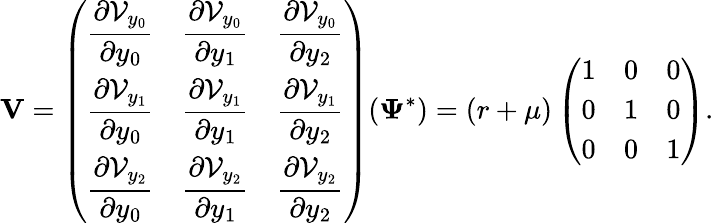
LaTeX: \mathbf{V}=\left(\begin{array}{lll}{\displaystyle\frac{\partial\mathcal{V}_{y_{0}}}{\partial y_{0}}}&{\displaystyle\frac{\partial\mathcal{V}_{y_{0}}}{\partial y_{1}}}&{\displaystyle\frac{\partial\mathcal{V}_{y_{0}}}{\partial y_{2}}}\\ {\displaystyle\frac{\partial\mathcal{V}_{y_{1}}}{\partial y_{0}}}&{\displaystyle\frac{\partial\mathcal{V}_{y_{1}}}{\partial y_{1}}}&{\displaystyle\frac{\partial\mathcal{V}_{y_{1}}}{\partial y_{2}}}\\ {\displaystyle\frac{\partial\mathcal{V}_{y_{2}}}{\partial y_{0}}}&{\displaystyle\frac{\partial\mathcal{V}_{y_{2}}}{\partial y_{1}}}&{\displaystyle\frac{\partial\mathcal{V}_{y_{2}}}{\partial y_{2}}}\end{array}\right)(\mathbf{\Psi}^{*})=(r+\mu)\left(\begin{array}{lll}{\displaystyle 1}&{\displaystyle 0}&{\displaystyle 0}\\ {\displaystyle 0}&{\displaystyle 1}&{\displaystyle 0}\\ {\displaystyle 0}&{\displaystyle 0}&{\displaystyle 1}\end{array}\right).